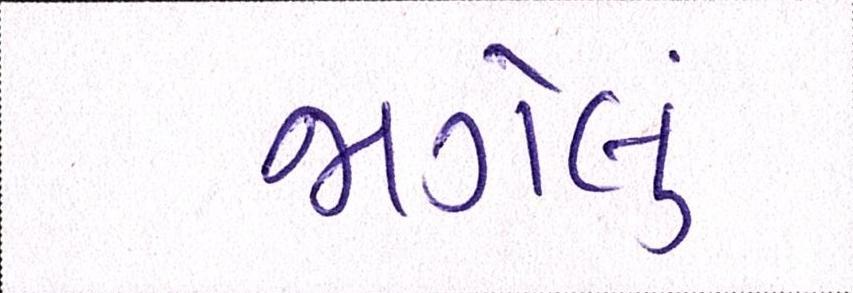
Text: જાગેલું